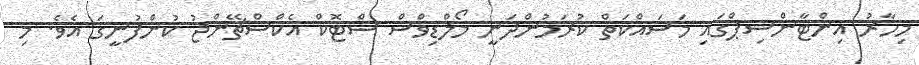
މިހާރު އިންޓާންޝިޕްގައި މަސައްކަތް ކުރަމުންދަނީ މޯލްޑިވްސް ސްޓޮކް އެކްސްޗޭންޖު ކުންފުނީގަ އެވެ. މި